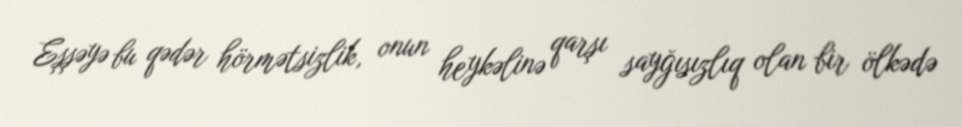
Eşşəyə bu qədər hörmətsizlik, onun heykəlinə qarşı sayğısızlıq olan bir ölkədə